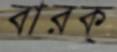
বারক্